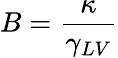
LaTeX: B={\frac{\kappa}{\gamma_{LV}}}